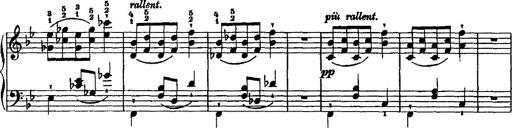
Title: Grande valse di bravura
Composer: Franz Liszt